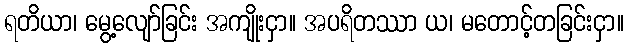
ရတိယာ၊ မွေ့လျော်ခြင်း အကျိုးငှာ။ အပရိတဿာ ယ၊ မတောင့်တခြင်းငှာ။